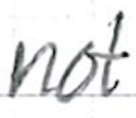
Text: not
Cross-out: clean
Writing tool: ballpoint